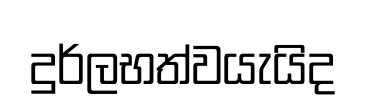
දුර්ලභත්වයැයිද